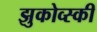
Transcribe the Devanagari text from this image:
झुकोव्स्की